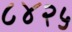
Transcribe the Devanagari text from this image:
८४२५